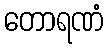
တောရဏံ